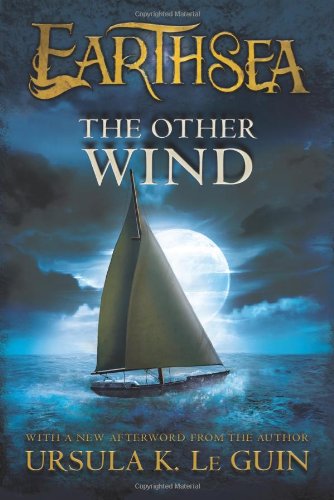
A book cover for The Other Wind (The Earthsea Cycle); Ursula K. Le Guin; Teen & Young Adult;